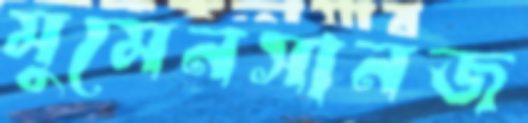
মুমেনসানজ